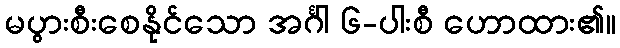
မပွားစီးစေနိုင်သော အင်္ဂါ ၆-ပါးစီ ဟောထား၏။